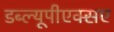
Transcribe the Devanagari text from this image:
डब्ल्यूपीएक्सए